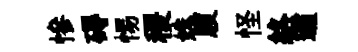
慘碍惕稷姝腹怪絡遹